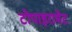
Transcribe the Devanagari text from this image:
टोपाइरामेट